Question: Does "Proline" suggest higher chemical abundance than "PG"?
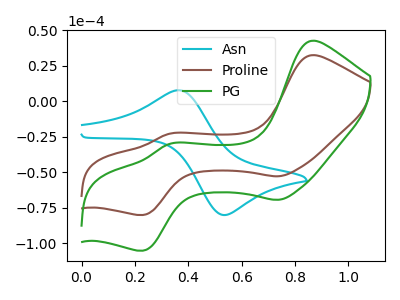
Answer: <think>The cyan curve "Asn" has an anodic peak at (0.35V, 7.70uA) and a cathodic peak at (0.55V, -80.00uA). The brown curve "Proline" has anodic peaks at (0.85V, 32.35uA) (0.35V, -22.95uA) and cathodic peaks at (0.75V, -52.90uA) (0.25V, -80.15uA). The green curve "PG" has anodic peaks at (0.85V, 42.50uA) (0.35V, -30.15uA) and cathodic peaks at (0.75V, -69.45uA) (0.25V, -105.25uA).
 All the peaks in "Proline" have a peak in "PG" at the same potential.</think>
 <answer>I cant tell if "Proline" or "PG" has more signal.</answer>
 <eval>mixed_signal</eval>